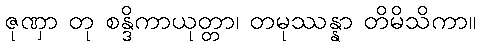
ဇုဏှာ တု စန္ဒိကာယုတ္တာ၊ တမုဿန္နာ တိမိသိကာ။